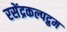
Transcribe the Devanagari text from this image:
रसेंद्रकल्पद्रुम